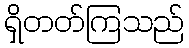
ရှိတတ်ကြသည်